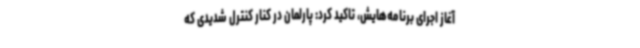
آغاز اجرای برنامه‌هایش، تاکید کرد: پارلمان در کنار کنترل شدیدی که